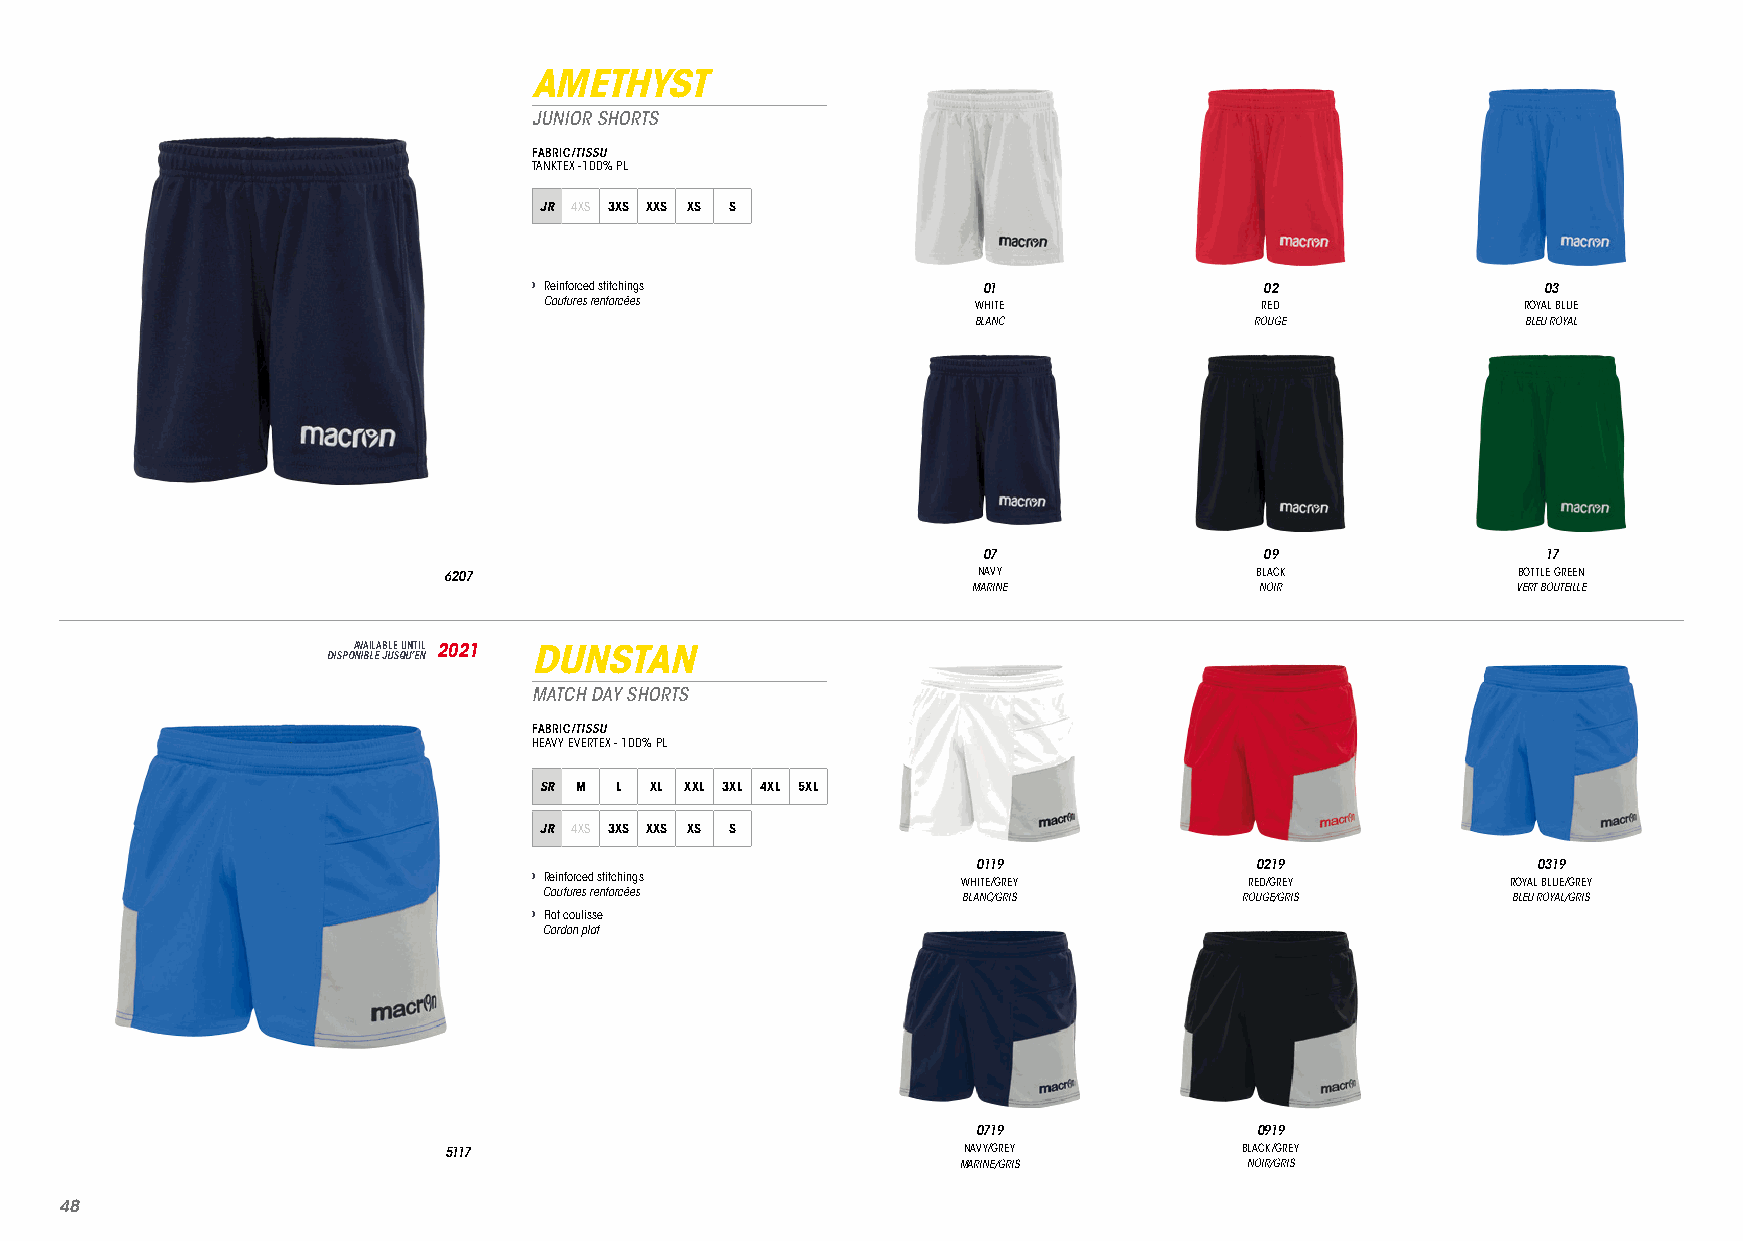
AMETHYST
 JUNIOR SHORTS
 FABRIC/TISSU
 TANKTEX -100% PL
 JR 4XS 3XS XXS XS S
 › Reinforced stitchings       01                 02                03
 Coutures renforcées          WHITE             RED               ROYAL BLUE
 BLANC             ROUGE             BLEU ROYAL
 07                 09                17
 6207                                NAVY              BLACK            BOTTLE GREEN
 MARINE             NOIR             VERT BOUTEILLE
 DISPOA NV IBA LIL EA JB ULE S QU UN ’T EI NL 2021 DUNSTAN
 MATCH DAY SHORTS
 FABRIC/TISSU
 HEAVY EVERTEX - 100% PL
 SR M L XL XXL 3XL 4XL 5XL
 JR 4XS 3XS XXS XS S
 0119              0219               0319
 › Reinforced stitchings      WHITE/GREY         RED/GREY         ROYAL BLUE/GREY
 Coutures renforcées
 BLANC/GRIS        ROUGE/GRIS        BLEU ROYAL/GRIS
 › Flat coulisse
 Cordon plat
 0719              0919
 5117                               NAVY/GREY         BLACK/GREY
 MARINE/GRIS        NOIR/GRIS
 4488